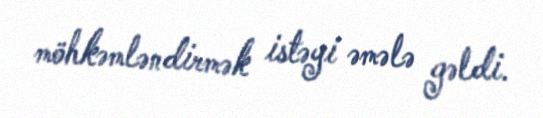
möhkəmləndirmək istəyi əmələ gəldi.